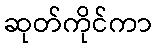
ဆုတ်ကိုင်ကာ